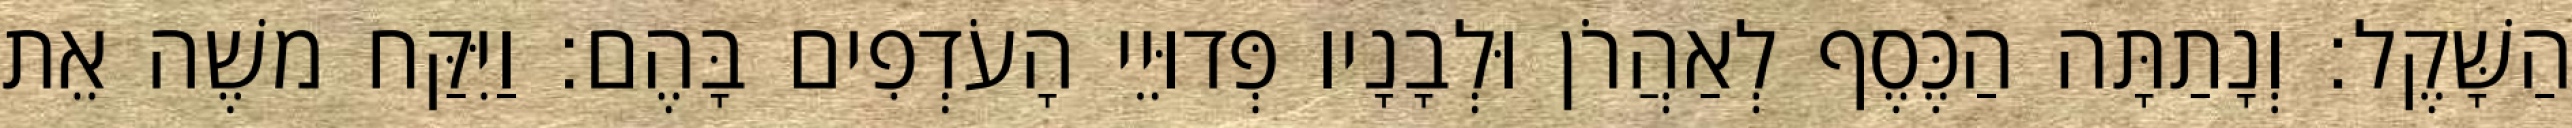
הַשָּׁקֶל׃ וְנָתַתָּה הַכֶּסֶף לְאַהֲרֹן וּלְבָנָיו פְּדוּיֵי הָעֹדְפִים בָּהֶם׃ וַיִּקַּח משֶׁה אֵת